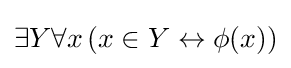
\exists Y\forall x\,(x\in Y\leftrightarrow \phi (x))